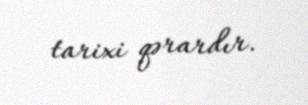
tarixi qərardır.